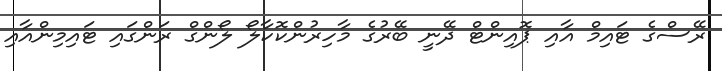
ރޭސްގެ ޓައިމް އާއި ޕޮއިންޓް ދޭނީ ބޭރުގެ މާހިރުންކޮކާލޯ ލޯންގް ރަންގައި ޓައިމިންއާއި